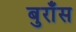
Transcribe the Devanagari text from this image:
बुराँस